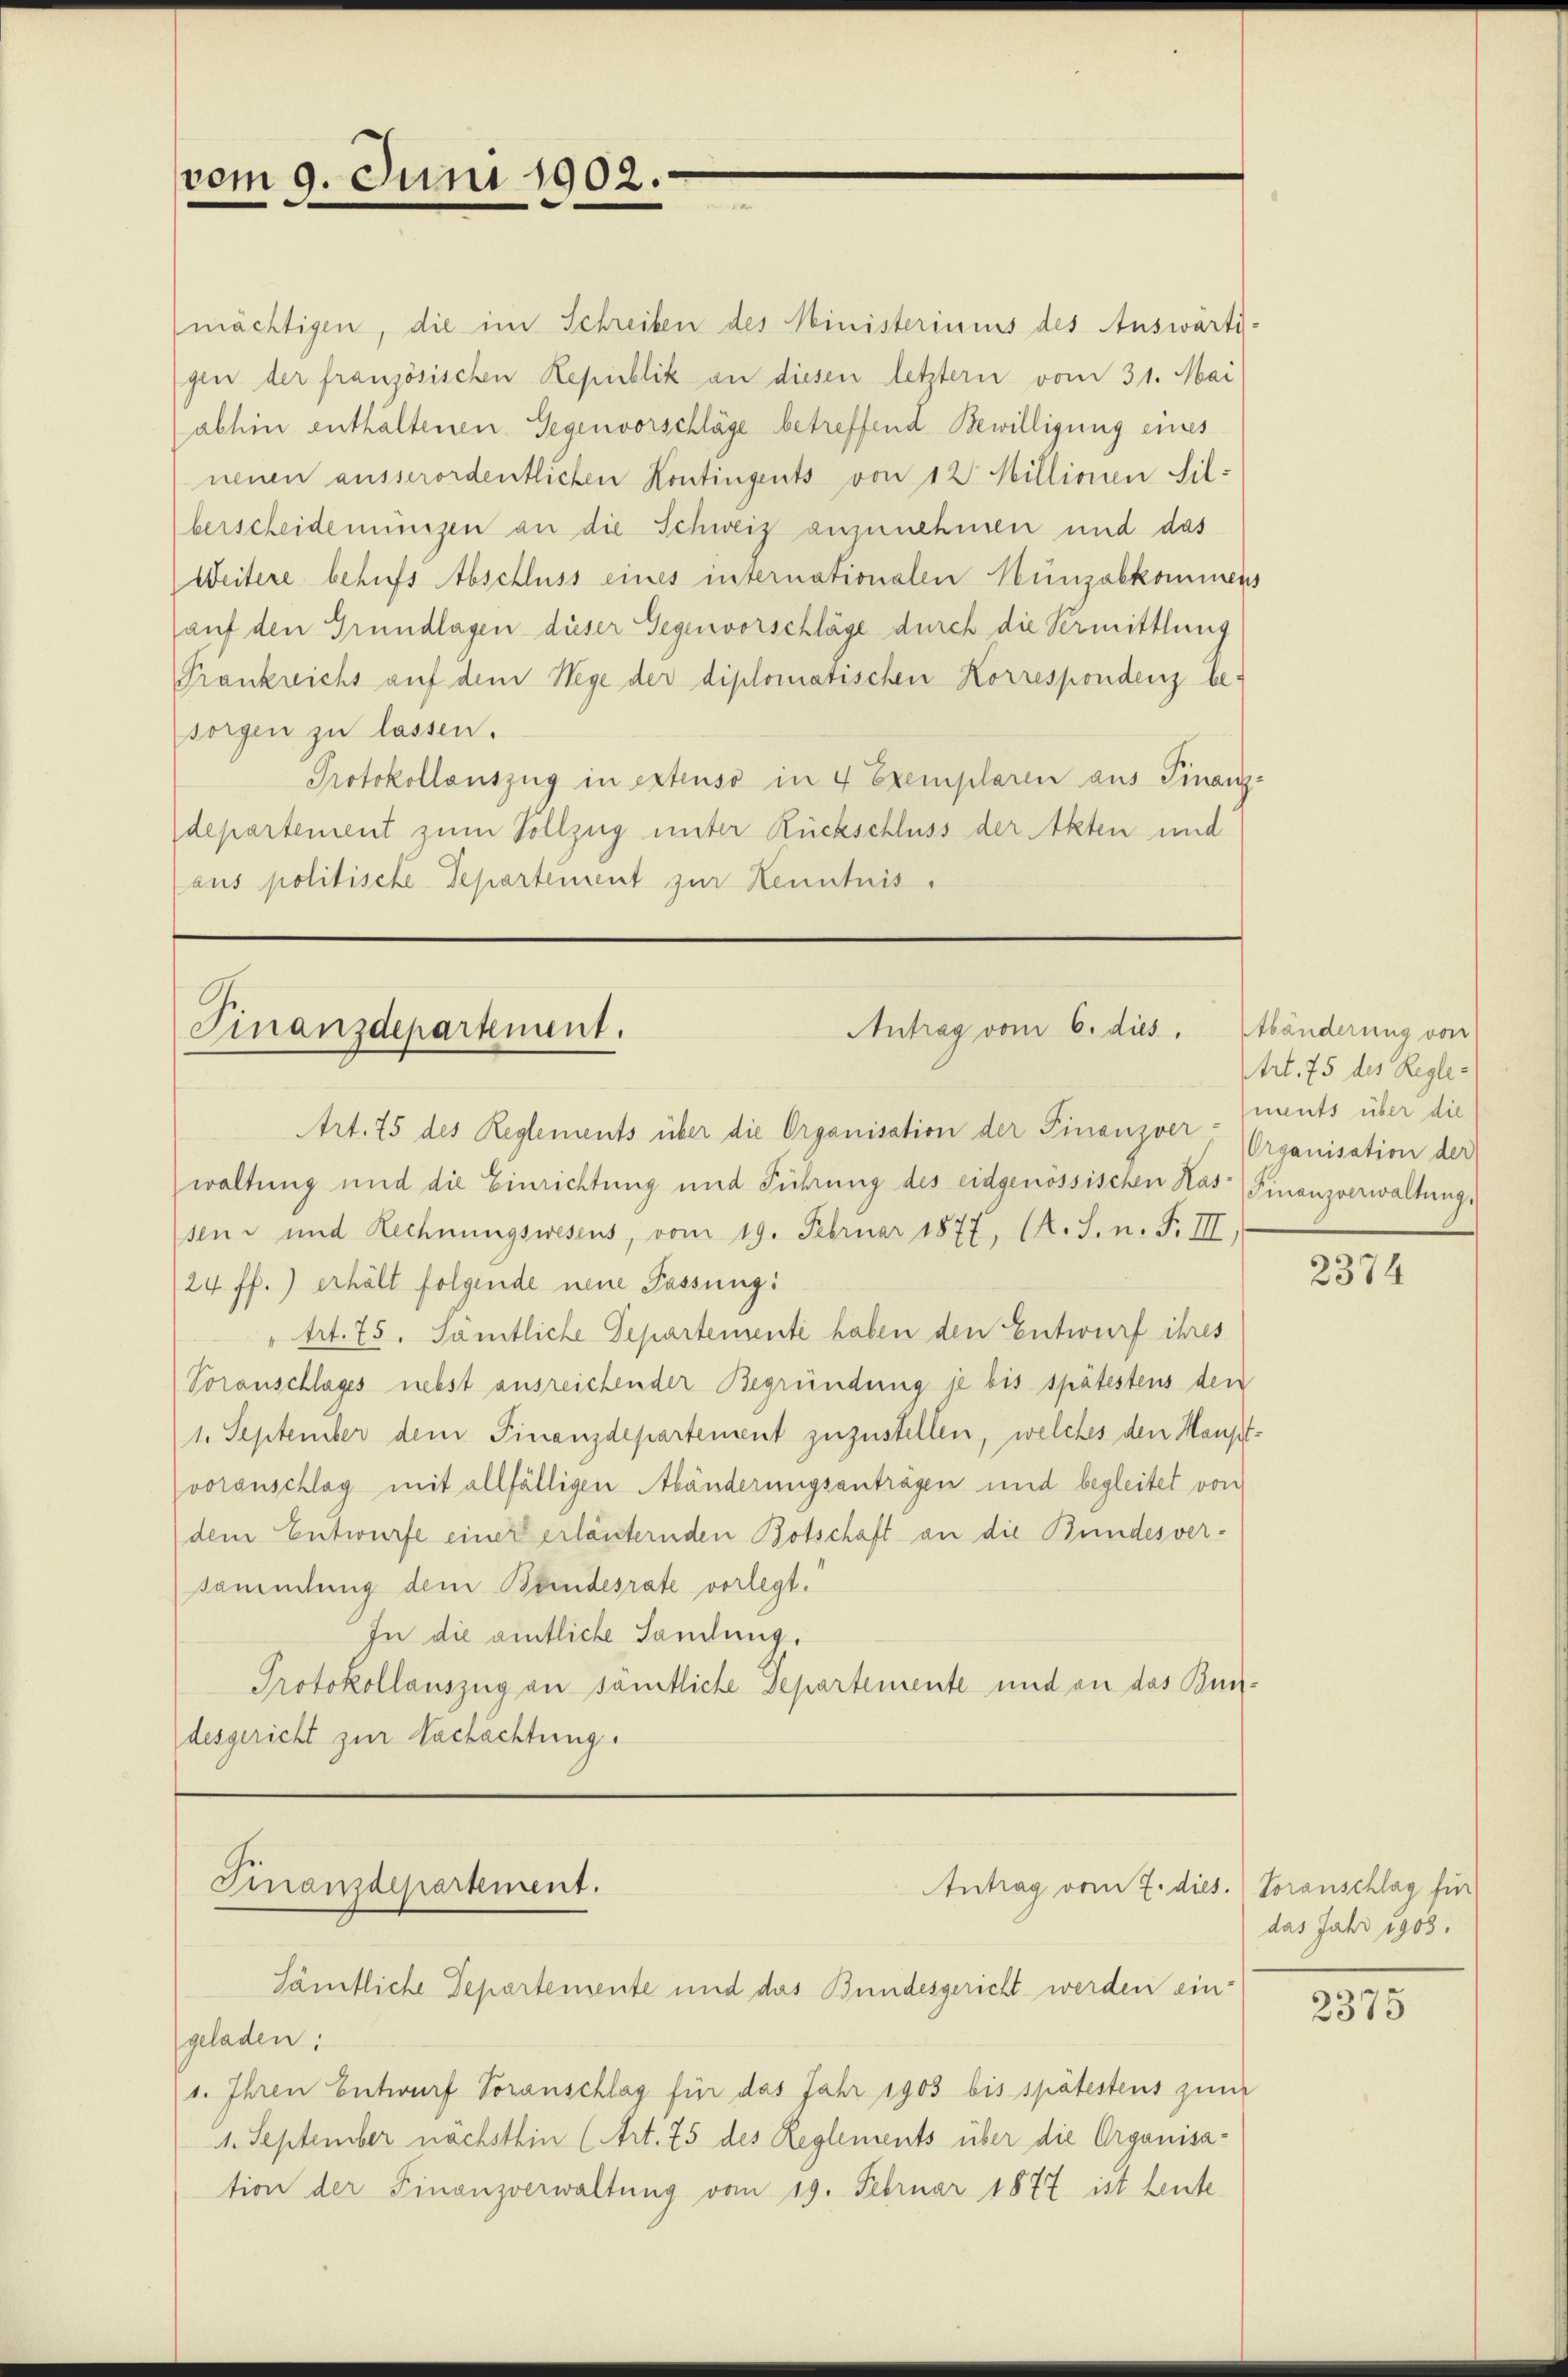
vom 9. Juni 1902.

mächtigen, die im Schreiben des Ministeriums des Auswärts-
gen der französischen Republik an diesen letztern vom 31. Mai
abhin enthaltenen Gegenvorschläge betreffend Bewilligung eines
nenen ausserordentlichen Kontingents von 12. Millinien Silberscheidemungen an die Schweiz anzunehmen und das
Weitere behufs Abschluss eines internationalen Münzabkommens
auf den Grundlagen dieser Gegenvorschläge durch die Vermittlung
Frankreichs auf dem Wege der diplomatischen Korrespondenz be-
sorgen zu lassen.
Protokollauszug in extenso in 4 Exemplaren aus Finanz-
departement zum Vollzug unter Rückschluss der Akten und
aus politische Departement zur Kenntnis,

Antrag vom 6. dies
Finanzdepartement.

Art. 75 des Reglements über die Organisation der Finanzver - ments über die
waltung und die Einrichtung und Führung des eidgenössischen Has-) Finanzverwaltung,
sen und Rechnungswesens, vom 19. Februar 1877, (K.S. n. F. III,
24 ff.) erhält folgende neue Passung:
trt. 75. Sämtliche Departemente haben den Entwurf ihres
Voranschlages nebst ausreichender Begründung je bis spätestens den
1. September dem Finanzdepartement zuzustellen, welches den Hauptvoranschlag mit allfälligen Abänderungsanträgen und begleitet von
dem Entwurfe einer erläuternden Botschaft an die Bundesver-
sammlung dem Bandesrate vorlegt.
In die amtliche Landung.
Protokollauszug an sämtliche Departemente und an das Bundesgericht zur Nachachtung.

Finanzdepartement.
Antrag vom 7. dies. Voranschlag für
Sämtliche Departemente und das Bundesgericht werden ein-

geladen:
1. Ihren Entwurf Voranschlag für das Jahr 1903 bis spätestens zum
1. September nächsthin (Art. 75 des Reglements über die Organisa-
tion der Finanzverwaltung vom 19. Februar 1877 ist heute

tbänderung von
trt. 75 des Regle¬
Organisation der

2374

das Jahr 1903.

2375